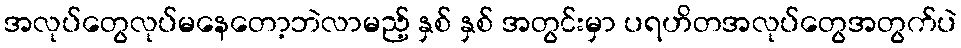
အလုပ်တွေလုပ်မနေတော့ဘဲလာမည့် နှစ် နှစ် အတွင်းမှာ ပရဟိတအလုပ်တွေအတွက်ပဲ